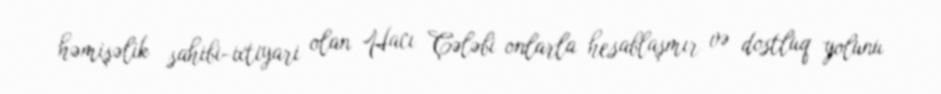
həmişəlik sahibi-ixtiyari olan Hacı Çələbi onlarla hesablaşmır və dostluq yolunu